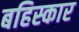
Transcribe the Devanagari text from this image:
बहिस्कार